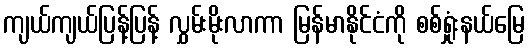
ကျယ်ကျယ်ပြန့်ပြန့် လွှမ်းမိုးလာကာ မြန်မာနိုင်ငံကို စစ်ရှုံးနယ်မြေ